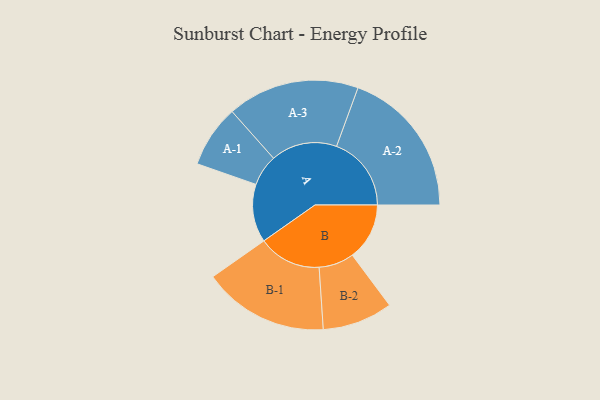
{"axis": {"x": "Segment", "y": "Value"}, "legend": ["", "A", "B"], "data": [{"x": "A", "y": 220, "type": ""}, {"x": "B", "y": 216, "type": ""}, {"x": "A-1", "y": 118, "type": "A"}, {"x": "A-2", "y": 283, "type": "A"}, {"x": "A-3", "y": 250, "type": "A"}, {"x": "B-1", "y": 238, "type": "B"}, {"x": "B-2", "y": 133, "type": "B"}]}